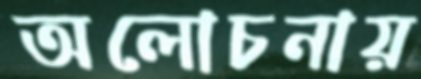
অলোচনায়